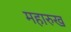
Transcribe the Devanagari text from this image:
महारुख